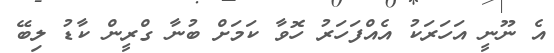
އެ ނޫނީ އަހަރަކު އެއްފަހަރު ހޮވާ ކަމަށް ބުނާ ގްރީން ކާޑު ލިބޭ